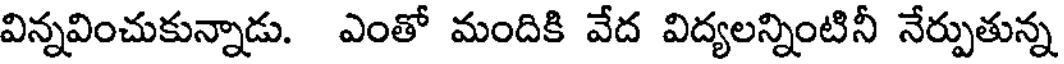
విన్నవించుకున్నాడు. ఎంతో మందికి వేద విద్యలన్నింటినీ నేర్పుతున్న